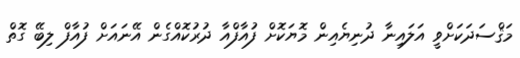
މަޤްސަދަކަށްވީ އަލައިނާ ދުނިޔެއިން މޮޔަކޮށް ފުއާފްއާ ދުރުކޮއްގެން އޭނައަށް ފުއާފް ލިބޭ ގޮތް